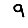
Digit: 9